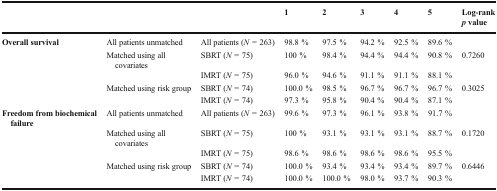
<table><thead><tr><td></td><td></td><td></td><td><b>1</b></td><td><b>2</b></td><td><b>3</b></td><td><b>4</b></td><td><b>5</b></td><td><b>Log-rank<i>p</i>value</b></td></tr></thead><tbody><tr><td><b>Overall survival</b></td><td>All patients unmatched</td><td>All patients (<i>N</i> = 263)</td><td>98.8 %</td><td>97.5 %</td><td>94.2 %</td><td>92.5 %</td><td>89.6 %</td><td></td></tr><tr><td></td><td>Matched using all covariates</td><td>SBRT (<i>N</i> = 75)</td><td>100 %</td><td>98.4 %</td><td>94.4 %</td><td>94.4 %</td><td>90.8 %</td><td>0.7260</td></tr><tr><td></td><td></td><td>IMRT (<i>N</i> = 75)</td><td>96.0 %</td><td>94.6 %</td><td>91.1 %</td><td>91.1 %</td><td>88.1 %</td><td></td></tr><tr><td></td><td>Matched using risk group</td><td>SBRT (<i>N</i> = 74)</td><td>100.0 %</td><td>98.5 %</td><td>96.7 %</td><td>96.7 %</td><td>96.7 %</td><td>0.3025</td></tr><tr><td></td><td></td><td>IMRT (<i>N</i> = 74)</td><td>97.3 %</td><td>95.8 %</td><td>90.4 %</td><td>90.4 %</td><td>87.1 %</td><td></td></tr><tr><td><b>Freedom from biochemical failure</b></td><td>All patients unmatched</td><td>All patients (<i>N</i> = 263)</td><td>99.6 %</td><td>97.3 %</td><td>96.1 %</td><td>93.8 %</td><td>91.7 %</td><td></td></tr><tr><td></td><td>Matched using all covariates</td><td>SBRT (<i>N</i> = 75)</td><td>100 %</td><td>93.1 %</td><td>93.1 %</td><td>93.1 %</td><td>88.7 %</td><td>0.1720</td></tr><tr><td></td><td></td><td>IMRT (<i>N</i> = 75)</td><td>98.6 %</td><td>98.6 %</td><td>98.6 %</td><td>98.6 %</td><td>95.5 %</td><td></td></tr><tr><td></td><td>Matched using risk group</td><td>SBRT (<i>N</i> = 74)</td><td>100.0 %</td><td>93.4 %</td><td>93.4 %</td><td>93.4 %</td><td>89.7 %</td><td>0.6446</td></tr><tr><td></td><td></td><td>IMRT (<i>N</i> = 74)</td><td>100.0 %</td><td>100.0 %</td><td>98.0 %</td><td>93.7 %</td><td>90.3 %</td><td></td></tr></tbody></table>